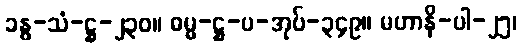
ခန္ဓ-သံ-ဋ္ဌ-၂၃၀။ ဓမ္မ-ဋ္ဌ-ပ-အုပ်-၃၄၉။ မဟာနိ-ပါ-၂၅၊